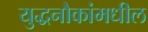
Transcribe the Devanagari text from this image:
युद्धनौकांमधील